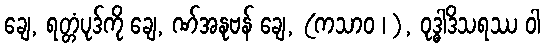
ချေ, ရတ္တံပုဒ်ကို ချေ, ဏ်အနုဗန် ချေ, (ကသာဝ ၊ ), ဝုဒ္ဓါဒိသရဿ ဝါ